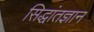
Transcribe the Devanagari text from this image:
सिद्धांतज्ञान